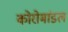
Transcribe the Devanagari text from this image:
कोरोमांडल